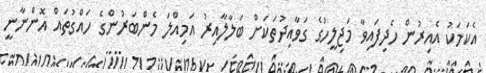
އެކަމަކު އެއިރުން ހެދިފައިވާ މަޖިލީހުގެ ގަވާއިދުތަކަށް ބަލާލާއިރު އަމިއްލަ މެންބަރުންގެ ހައްގުތައް އޮންނާނީ